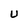
Character: U